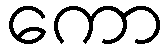
ကော